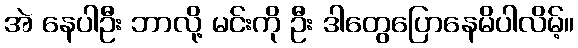
အဲ နေပါဦး ဘာလို့ မင်းကို ဦး ဒါတွေပြောနေမိပါလိမ့်။